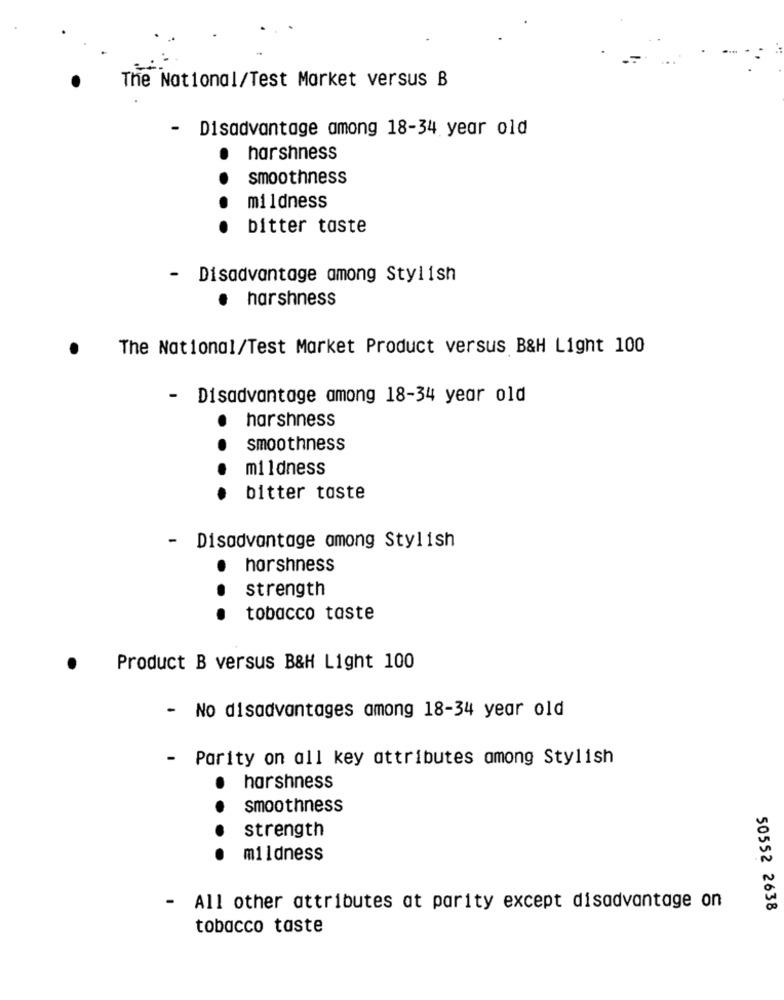
The National/Test Market versus B
-
Disadvantage among 18-34 year old
harshness
smoothness
..
mildness
bitter taste
- Disadvantage among Stylish
harshness
The National/Test Market Product versus B&H Light 100
-
Disadvantage among 18-34 year old
harshness
smoothness
m11dness
....
bitter taste
- Disadvantage among Stylish
harshness
strength
...
tobacco taste
Product B versus B&H Light 100
- No disadvantages among 18-34 year old
- Parity on all key attributes among Stylish
harshness
..
smoothness
strength
mildness
- All other attributes at parity except disadvantage on
50552 2638
tobacco taste